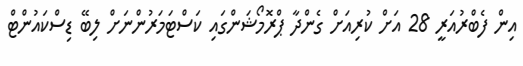
އިން ފެބްރުއަރީ 28 އަށް ކުރިއަށް ގެންދާ ޕްރޮމޯޝަންގައި ކަސްޓަމަރުންނަށް ލިބޭ ޑިސްކައުންޓް